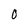
Character: 0